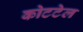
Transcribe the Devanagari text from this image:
कोटटेल